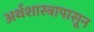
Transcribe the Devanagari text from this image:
अर्थशास्त्रापासून